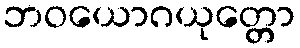
ဘဝယောဂယုတ္တော